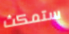
ستمكث